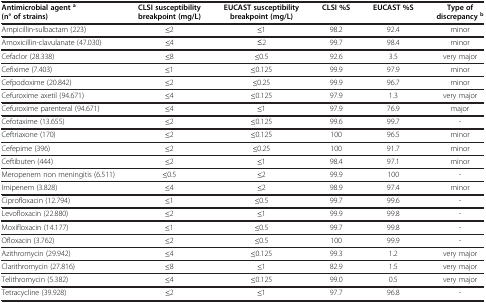
| Antimicrobial agenta(n° of strains) | CLSI susceptibility breakpoint (mg/L) | EUCAST susceptibility breakpoint(mg/L) | CLSI %S | EUCAST %S | Type of discrepancyb |
 | --- | --- | --- | --- | --- | --- |
 | Ampicillin-sulbactam (223) | ≤2 | ≤1 | 98.2 | 92.4 | minor |
 | Amoxicillin-clavulanate (47.030) | ≤4 | ≤2 | 99.7 | 98.4 | minor |
 | Cefaclor (28.338) | ≤8 | ≤0.5 | 92.6 | 3.5 | very major |
 | Cefixime (7.403) | ≤1 | ≤0.125 | 99.9 | 97.9 | minor |
 | Cefpodoxime (20.842) | ≤2 | ≤0.25 | 99.9 | 96.7 | minor |
 | Cefuroxime axetil (94.671) | ≤4 | ≤0.125 | 97.9 | 1.3 | very major |
 | Cefuroxime parenteral (94.671) | ≤4 | ≤1 | 97.9 | 76.9 | major |
 | Cefotaxime (13.655) | ≤2 | ≤0.125 | 99.6 | 99.7 | - |
 | Ceftriaxone (170) | ≤2 | ≤0.125 | 100 | 96.5 | minor |
 | Cefepime (396) | ≤2 | ≤0.25 | 100 | 91.7 | minor |
 | Ceftibuten (444) | ≤2 | ≤1 | 98.4 | 97.1 | minor |
 | Meropenem non meningitis (6.511) | ≤0.5 | ≤2 | 99.9 | 100 | - |
 | Imipenem (3.828) | ≤4 | ≤2 | 98.9 | 97.4 | minor |
 | Ciprofloxacin (12.794) | ≤1 | ≤0.5 | 99.7 | 99.6 | - |
 | Levofloxacin (22.880) | ≤2 | ≤1 | 99.9 | 99.8 | - |
 | Moxifloxacin (14.177) | ≤1 | ≤0.5 | 99.7 | 99.8 | - |
 | Ofloxacin (3.762) | ≤2 | ≤0.5 | 100 | 99.9 | - |
 | Azithromycin (29.942) | ≤4 | ≤0.125 | 99.3 | 1.2 | very major |
 | Clarithromycin (27.816) | ≤8 | ≤1 | 82.9 | 1.5 | very major |
 | Telithromycin (5.382) | ≤4 | ≤0.125 | 99.0 | 0.5 | very major |
 | Tetracycline (39.928) | ≤2 | ≤1 | 97.7 | 96.8 | - |